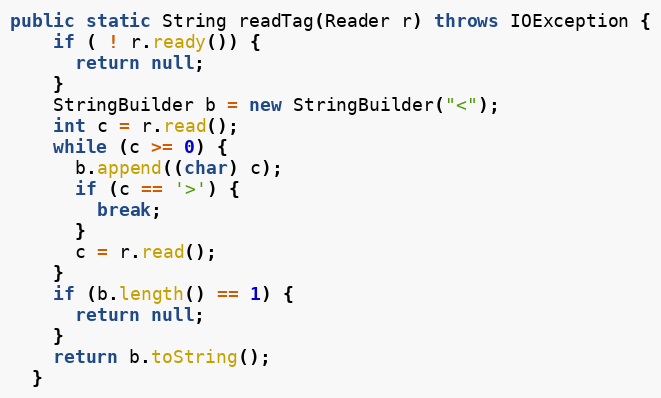
Language: Java
public static String readTag(Reader r) throws IOException {
    if ( ! r.ready()) {
      return null;
    }
    StringBuilder b = new StringBuilder("<");
    int c = r.read();
    while (c >= 0) {
      b.append((char) c);
      if (c == '>') {
        break;
      }
      c = r.read();
    }
    if (b.length() == 1) {
      return null;
    }
    return b.toString();
  }